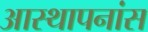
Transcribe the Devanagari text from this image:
आस्थापनांस